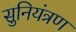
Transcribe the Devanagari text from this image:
सुनियंत्रण